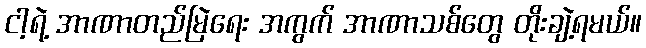
ငါ့ရဲ့ အာဏာတည်မြဲရေး အကွက် အာဏာသစ်တွေ တိုးချဲ့ရမယ်။